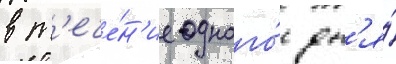
в т'ече́н'ие одного́ дн'я́